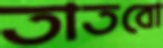
তাতবো